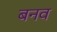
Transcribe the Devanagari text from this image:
बनव